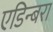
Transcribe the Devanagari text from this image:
एडिन्बरा